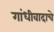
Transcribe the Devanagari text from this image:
गांधीवादाचे